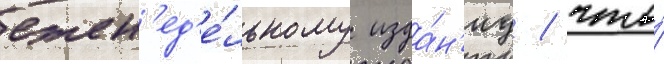
ежен'ед'е́льному изда́н'иу / что́